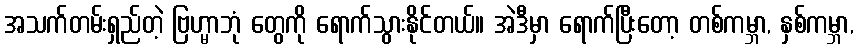
အသက်တမ်းရှည်တဲ့ ဗြဟ္မာဘုံ တွေကို ရောက်သွားနိုင်တယ်။ အဲဒီမှာ ရောက်ပြီးတော့ တစ်ကမ္ဘာ, နှစ်ကမ္ဘာ,